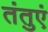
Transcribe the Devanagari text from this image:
तंतुएं